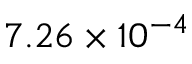
7 . 2 6 \times 1 0 ^ { - 4 }